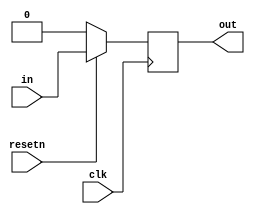
module sub_mudule(
    input clk,
    input resetn,   // synchronous reset
    input in,
    output out);
    reg out1;
    assign out = out1;
    always @(posedge clk ) begin
        if (!resetn) begin
            out1<=1'b0;
        end
        else begin
            out1<=in;
        end
    end
endmodule


module top_module (
    input clk,
    input resetn,   // synchronous reset
    input in,
    output out);
    wire [2:0]q;
    sub_mudule sub_mudule_inst0(.clk(clk),.resetn(resetn),.in(in),.out(q[0]));
    sub_mudule sub_mudule_inst1(.clk(clk),.resetn(resetn),.in(q[0]),.out(q[1]));
    sub_mudule sub_mudule_inst2(.clk(clk),.resetn(resetn),.in(q[1]),.out(q[2]));
    sub_mudule sub_mudule_inst3(.clk(clk),.resetn(resetn),.in(q[2]),.out(out));
endmodule